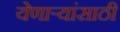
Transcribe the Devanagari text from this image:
येणार्‍यांसाठी